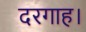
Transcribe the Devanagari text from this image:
दरगाह।